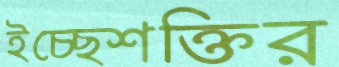
ইচ্ছেশক্তির